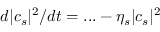
d | c _ { s } | ^ { 2 } / d t = . . . - \eta _ { s } | c _ { s } | ^ { 2 }